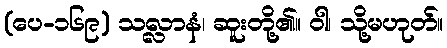
(ပေ-၁၆၉) သလ္လာနံ၊ ဆူးတို့၏။ ဝါ၊ သို့မဟုတ်။